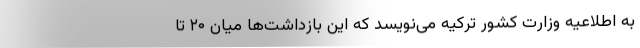
به اطلاعیه وزارت کشور ترکیه می‌نویسد که این بازداشت‌ها میان ۲۰ تا